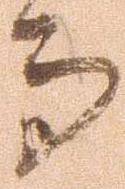
而